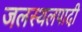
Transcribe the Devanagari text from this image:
जलस्थलपादी